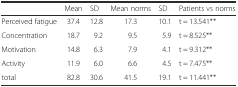
<table><thead><tr><td></td><td><b>Mean</b></td><td><b>SD</b></td><td><b>Mean norms</b></td><td><b>SD</b></td><td><b>Patients vs norms</b></td></tr></thead><tbody><tr><td>Perceived fatigue</td><td>37.4</td><td>12.8</td><td>17.3</td><td>10.1</td><td>t = 13.541**</td></tr><tr><td>Concentration</td><td>18.7</td><td>9.2</td><td>9.5</td><td>5.9</td><td>t = 8.525**</td></tr><tr><td>Motivation</td><td>14.8</td><td>6.3</td><td>7.9</td><td>4.1</td><td>t = 9.312**</td></tr><tr><td>Activity</td><td>11.9</td><td>6.0</td><td>6.6</td><td>4.5</td><td>t = 7.475**</td></tr><tr><td>total</td><td>82.8</td><td>30.6</td><td>41.5</td><td>19.1</td><td>t = 11.441**</td></tr></tbody></table>